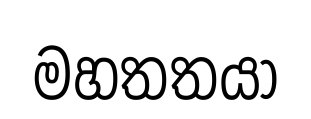
මහතතයා